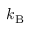
k _ { \mathrm { B } }